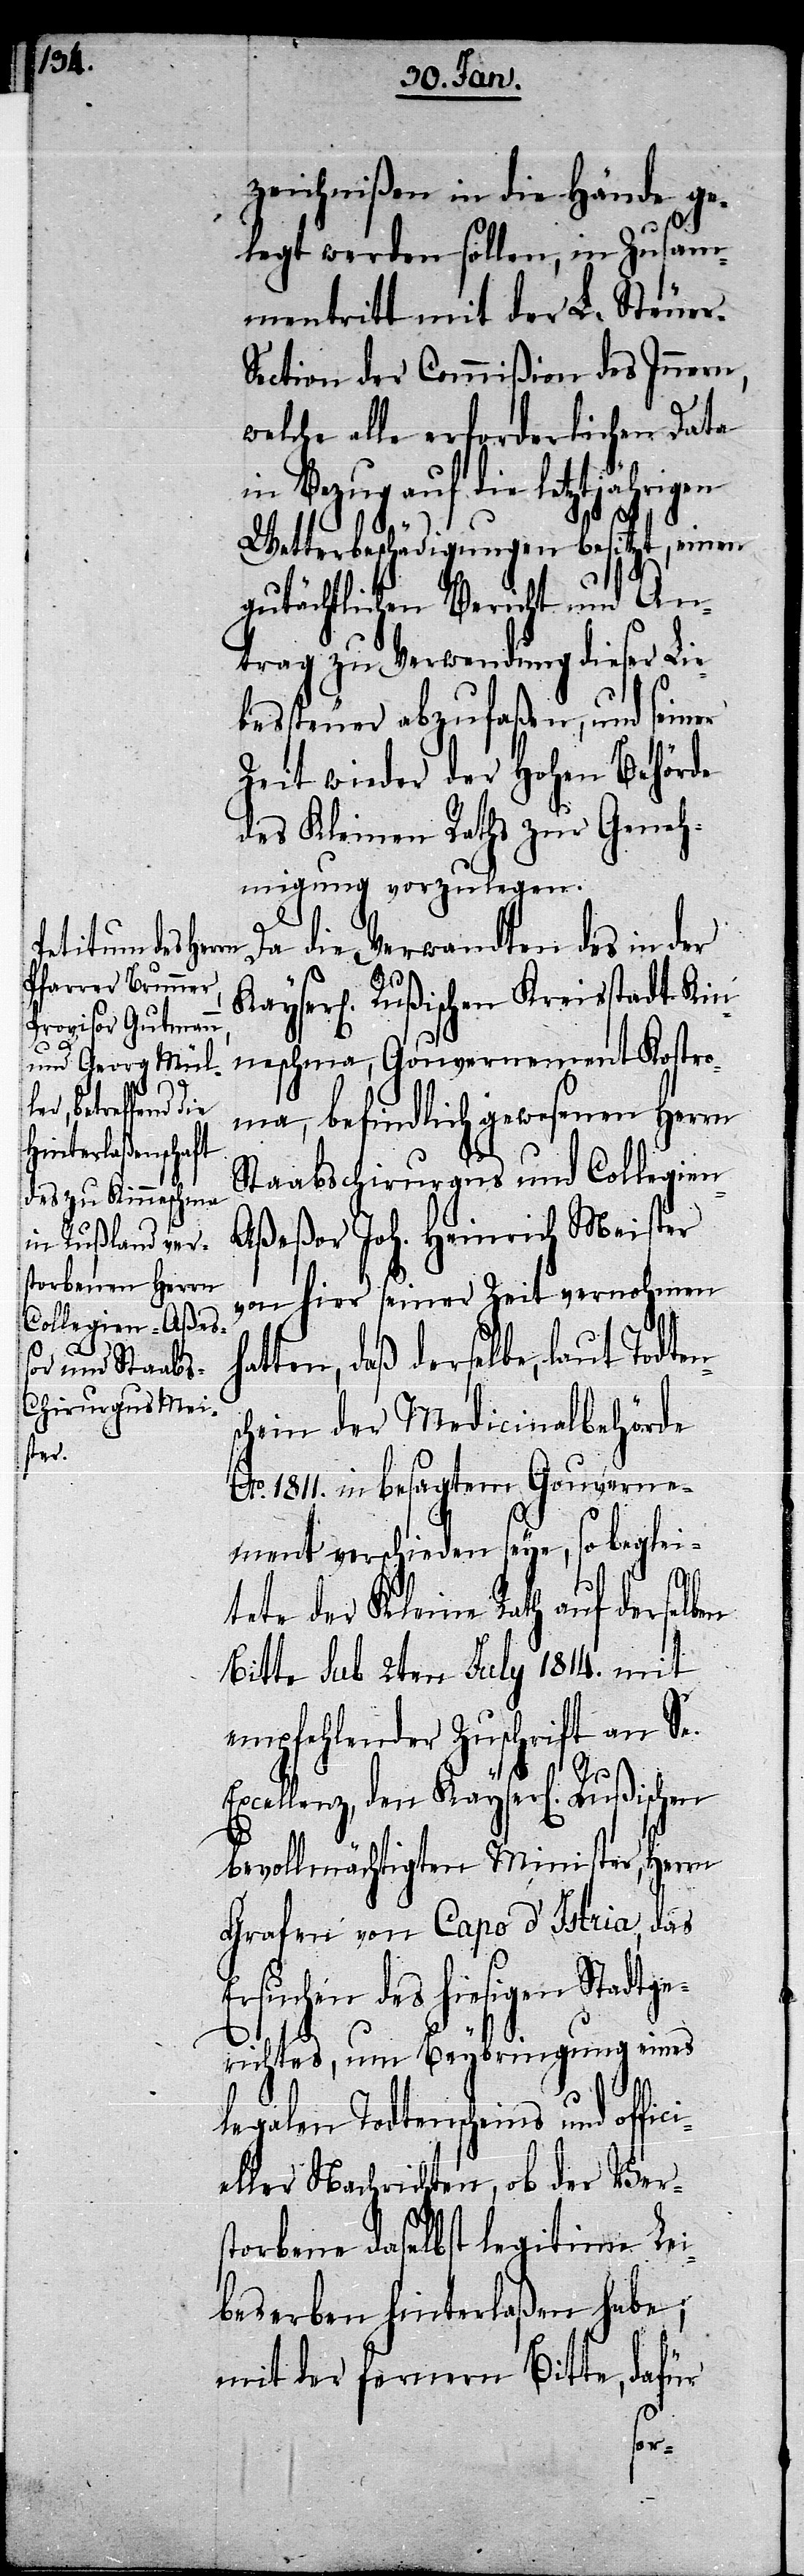
zeichnißen in die Hände ge¬
legt werden sollen, in Zusam¬
mentritt mit der L. Steuer-S¬
ection der Commißion des Innern,
welche alle erforderlichen Data
in Bezug auf die letztjährigen
Wetterbeschädigungen besitzt, einen
gutächtlichen Bericht und An¬
trag zu Verwendung dieser Lie¬
bessteuer abzufaßen, und seiner
Zeit wieder der Hohen Behörde
des Kleinen Raths zur Geneh¬
migung vorzulegen.
Da die Verwandten des in der
erl[ich] Rußischen Kreisstadt Kin¬
neschma, Gouvernement Kostr¬
ema, befindlich gewesenen Herrn
Staabschirurgus und Collegien-A¬
ßeßor Joh. Heinrich Meister
von hier seiner Zeit vernohmen
ten, daß derselbe, laut Todte¬
chein der Medicinalbehörde
1811. in besagtem Gouverne¬
ment verschieden seye, so beglei¬
tete der Kleine Rath auf derselben
Bitte sub 2ten July 1814. mit
empfehlender Zuschrift an Se.
Excellenz, den Kayserl[ich]
bevollmächtigten Minister, Herrn
Grafen von Capo d’Istria, das
Ersuchen des hiesigen Stadtge¬
ns¬
richtes, um Beybringung eines
legalen Todtenscheins und of¬
eller Nachrichten, ob der Ver¬
storbene daselbst legitime Lei¬
beserben hinterlaßen habe;
dafür
mit der fernern Bitte,
fici¬